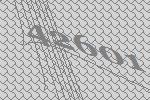
42601